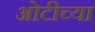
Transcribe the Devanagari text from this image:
ओटीच्या